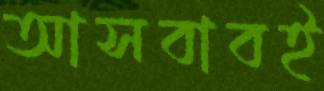
আসবাবই